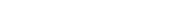
١٢٧